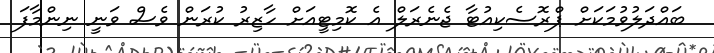
ބައްދަލުވުމަކަށް ޕްރޮސެކިއުޓާ ޖެނެރަލް އެ ކޮމިޓީއަށް ހާޒިރު ކުރަން ވެސް ވަނީ ނިންމާފަ